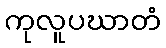
ကုလူပဃာတံ